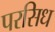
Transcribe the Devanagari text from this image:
परसिध